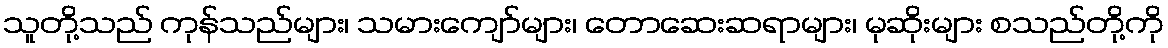
သူတို့သည် ကုန်သည်များ၊ သမားကျော်များ၊ တောဆေးဆရာများ၊ မုဆိုးများ စသည်တို့ကို